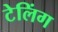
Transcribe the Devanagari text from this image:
टेलिंग